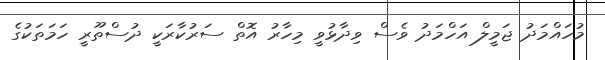
މުހައްމަދު ޖަމީލް އަހްމަދު ވެސް ވިދާޅުވީ މިހާރު އޮތް ސަރުކާރަކީ ދުސްތޫރީ ހަމަތަކުގެ